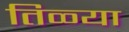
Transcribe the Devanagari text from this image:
तिळ्या